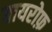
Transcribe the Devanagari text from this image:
तायरोफ़